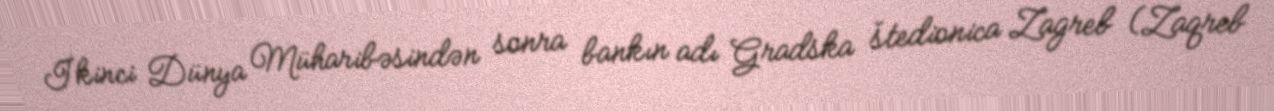
İkinci Dünya Müharibəsindən sonra bankın adı Gradska štedionica Zagreb (Zaqreb